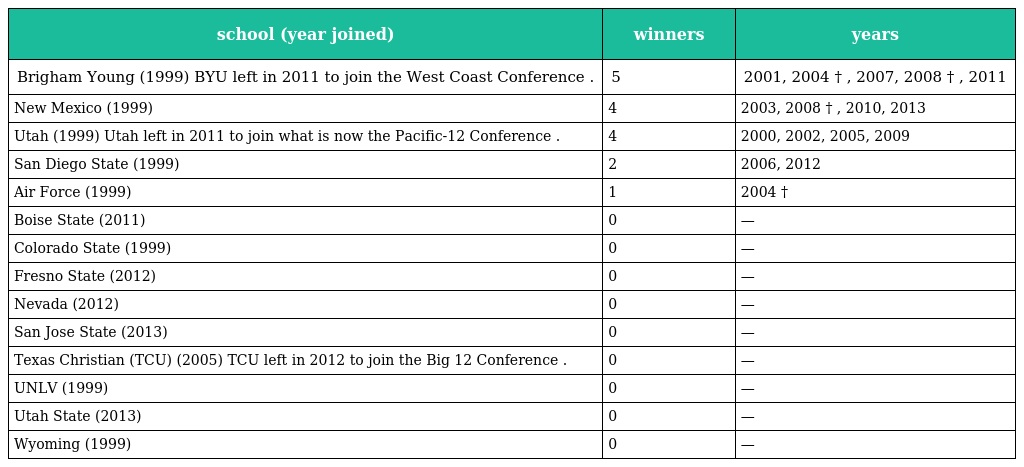
| school (year joined) | winners | years |
 | --- | --- | --- |
 | Brigham Young (1999) BYU left in 2011 to join the West Coast Conference . | 5 | 2001, 2004 † , 2007, 2008 † , 2011 |
 | New Mexico (1999) | 4 | 2003, 2008 † , 2010, 2013 |
 | Utah (1999) Utah left in 2011 to join what is now the Pacific-12 Conference . | 4 | 2000, 2002, 2005, 2009 |
 | San Diego State (1999) | 2 | 2006, 2012 |
 | Air Force (1999) | 1 | 2004 † |
 | Boise State (2011) | 0 | — |
 | Colorado State (1999) | 0 | — |
 | Fresno State (2012) | 0 | — |
 | Nevada (2012) | 0 | — |
 | San Jose State (2013) | 0 | — |
 | Texas Christian (TCU) (2005) TCU left in 2012 to join the Big 12 Conference . | 0 | — |
 | UNLV (1999) | 0 | — |
 | Utah State (2013) | 0 | — |
 | Wyoming (1999) | 0 | — |